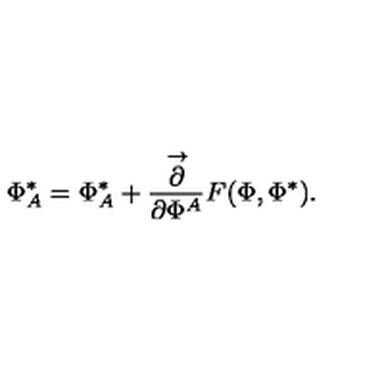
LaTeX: \Phi _ { A } ^ { * } = \Phi _ { A } ^ { * } + \frac { \stackrel { \rightarrow } { \partial } } { \partial \Phi ^ { A } } F ( \Phi , \Phi ^ { * } ) .